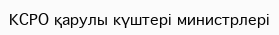
КСРО қарулы күштері министрлері